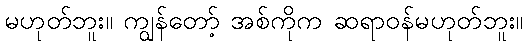
မဟုတ်ဘူး။ ကျွန်တော့် အစ်ကိုက ဆရာဝန်မဟုတ်ဘူး။